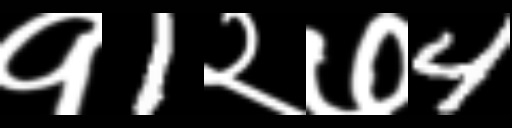
Text: १1२७4